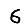
Digit: 6